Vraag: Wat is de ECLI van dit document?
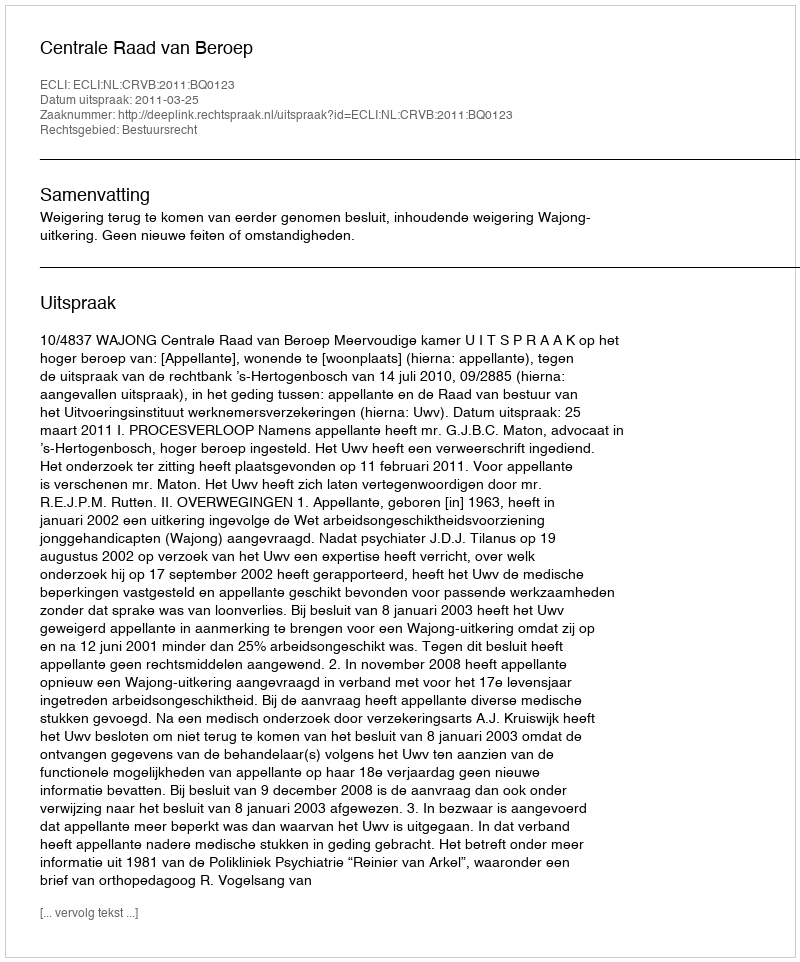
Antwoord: ECLI:NL:CRVB:2011:BQ0123